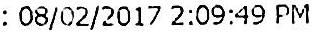
: 08/02/2017 2:09:49 PM